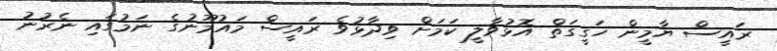
ރައީސް ޔާމީން ހަގީގަތް އޮޅުވާލީ ކަމަށް ވިދާޅުވެ ރައީސް މައުމޫނުގެ ނަމުގައި ނެރުނު